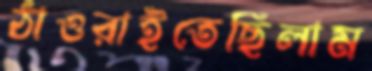
ঠাওরাইতেছিলাম